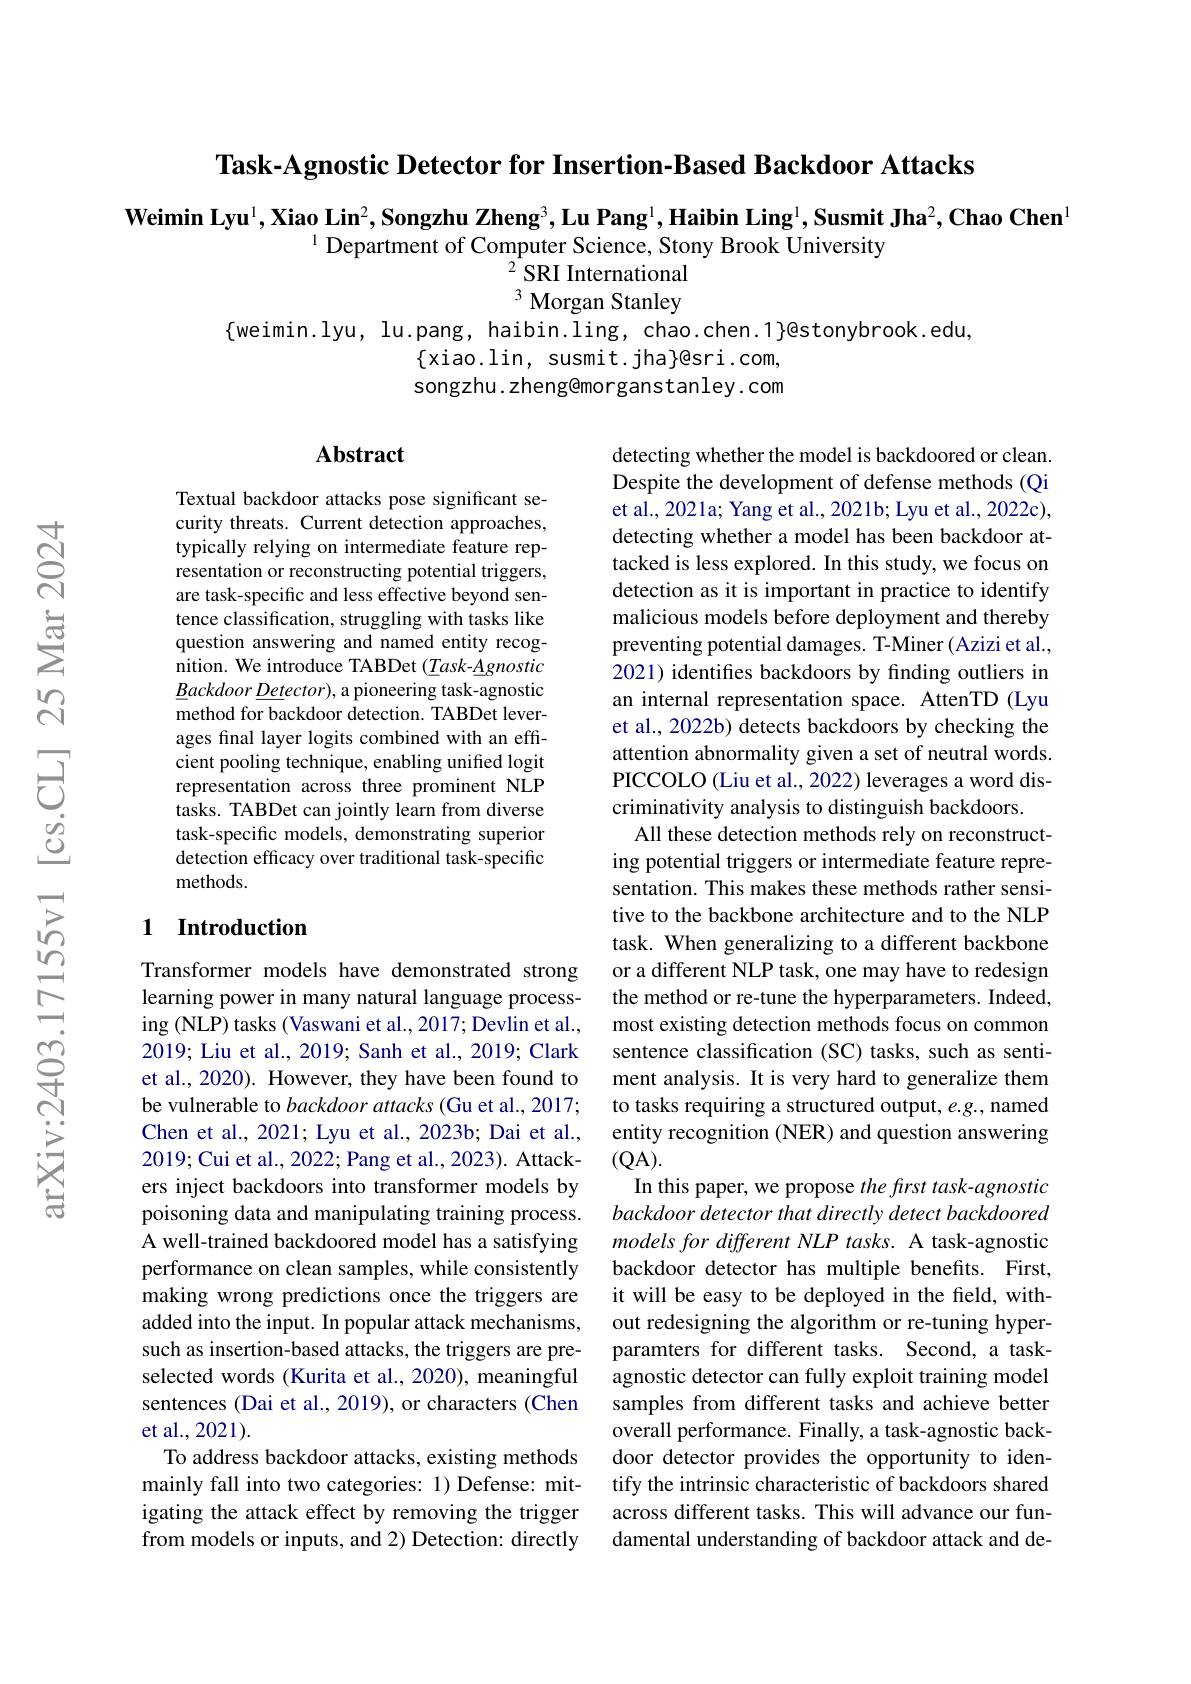
$\textbf{Task- Agnostic Detector for Insertion- Based Backdoor Attacks}$

$\textbf{Weimin Lyu}^1,\textbf{Xiao Lin}^2,\textbf{Songzhu Zheng}^3,\textbf{Lu Pang}^1,\textbf{Haibin Ling}^1,\textbf{Susmit Jha}^2,\textbf{Chao Chen}^1$
$^{1}$Department of Computer Science, Stony Brook University
$^{2}$SRI International 3 Morgan Stanley

$\{$weimin.lyu, lu.pang, haibin.ling, chao.chen.1}]@stonybrook.edu,
$\{$xiao.lin, susmit.jha$\}$@sri.com, songzhu. zheng@morganstanley. com

## Abstract

Textual backdoor attacks pose significant security threats. Current detection approaches, typically relying on intermediate feature representation or reconstructing potential triggers, are task-specific and less effective beyond sentence classification, struggling with tasks like question answering and named entity recognition. We introduce TABDet $(\underline{T}ask-\underline{A}gnostic$ $\underline{B}ackdoor\underline{Det}ector)$, a pioneering task-agnostic method for backdoor detection. TABDet leverages final layer logits combined with an efficient pooling technique, enabling unified logit representation across three prominent NLP tasks. TABDet can jointly learn from diverse task-specific models, demonstrating superior detection efficacy over traditional task-specific methods.

## 1 Introduction

detecting whether the model is backdoored or clean. Despite the development of defense methods (Qi et al., 2021a; Yang et al., 2021b; Lyu et al., 2022c), detecting whether a model has been backdoor attacked is less explored. In this study, we focus on detection as it is important in practice to identify malicious models before deployment and thereby preventing potential damages. T-Miner(Azizi et al., 2021) identifes backdoors by finding outliers in an internal representation space. AttenTD (Lyu et al., 2022b) detects backdoors by checking the attention abnormality given a set of neutral words. PICCOLO (Liu et al., 2022) leverages a word discriminativity analysis to distinguish backdoors.
All these detection methods rely on reconstructing potential triggers or intermediate feature representation. This makes these methods rather sensitive to the backbone architecture and to the NLP task. When generalizing to a different backbone or a different NLP task, one may have to redesign the method or re-tune the hyperparameters. Indeed, most existing detection methods focus on common sentence classification (SC) tasks, such as sentiment analysis. It is very hard to generalize them to tasks requiring a structured output, e.g., named entity recognition (NER) and question answering (QA).
In this paper, we propose the first task-agnostic backdoor detector that directly detect backdoored models for different NLP tasks. A task-agnostic backdoor detector has multiple benefits. First, it will be easy to be deployed in the field, without redesigning the algorithm or re-tuning hyperparamters for different tasks. Second, a taskagnostic detector can fully exploit training model samples from different tasks and achieve better overall performance. Finally, a task-agnostic backdoor detector provides the opportunity to identify the intrinsic characteristic of backdoors shared across different tasks. This will advance our fundamental understanding of backdoor attack and de-

Transformer models have demonstrated strong learning power in many natural language processing (NLP) tasks (Vaswani et al., 2017; Devlin et al., 2019; Liu et al., 2019; Sanh et al., 2019; Clark et al., 2020). However, they have been found to be vulnerable to backdoor attacks (Gu et al., 2017; Chen et al., 2021; Lyu et al., 2023b; Dai et al., 2019; Cui et al., 2022; Pang et al., 2023). Attackers inject backdoors into transformer models by poisoning data and manipulating training process. A well-trained backdoored model has a satisfying performance on clean samples, while consistently making wrong predictions once the triggers are added into the input. In popular attack mechanisms, such as insertion-based attacks, the triggers are preselected words (Kurita et al., 2020), meaningful sentences (Dai et al., 2019), or characters (Chen et al., 2021).
To address backdoor attacks, existing methods mainly fall into two categories: 1) Defense: mitigating the attack effect by removing the trigger from models or inputs, and 2) Detection: directly